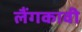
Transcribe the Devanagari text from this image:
लैंगकावी